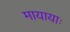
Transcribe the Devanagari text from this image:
मायायाः